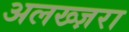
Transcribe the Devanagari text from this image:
अलख्ज़रा